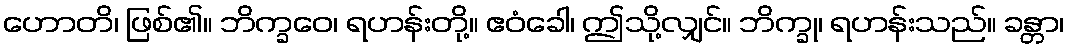
ဟောတိ၊ ဖြစ်၏။ ဘိက္ခဝေ၊ ရဟန်းတို့။ ဧဝံခေါ၊ ဤသို့လျှင်။ ဘိက္ခု၊ ရဟန်းသည်။ ခန္တာ၊